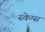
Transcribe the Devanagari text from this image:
स्केग्स